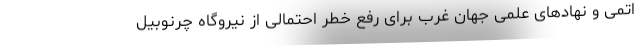
اتمی و نهادهای علمی جهان غرب برای رفع خطر احتمالی از نیروگاه چرنوبیل